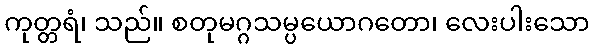
ကုတ္တရံ၊ သည်။ စတုမဂ္ဂသမ္ပယောဂတော၊ လေးပါးသော